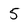
Character: 5